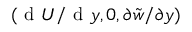
( \mathrm { ~ d ~ } U / \mathrm { ~ d ~ } y , 0 , \partial \tilde { { w } } / \partial y )